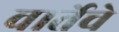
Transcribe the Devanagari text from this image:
वार्तेचे